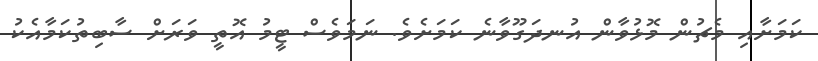
ކަމަށާއި މެޗުން މޮޅުވާން އުނދަގޫވާނެ ކަމަށެވެ. ނަމަވެސް ޓީމު އޮތީ ވަރަށް ސާބިތުކަމާއެކު